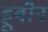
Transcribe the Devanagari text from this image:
ह्रूबीन